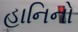
હાનિનો